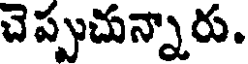
చెప్పుచున్నారు.